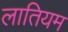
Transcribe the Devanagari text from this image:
लातियम